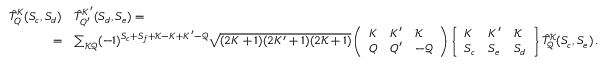
\begin{array} { r l } { \hat { T } _ { Q } ^ { K } ( S _ { c } , S _ { d } ) } & { \hat { T } _ { Q ^ { \prime } } ^ { K ^ { \prime } } ( S _ { d } , S _ { e } ) = } \\ { = } & { \sum _ { \mathcal { K } \mathcal { Q } } ( - 1 ) ^ { S _ { c } + S _ { f } + \mathcal { K } - K + K ^ { \prime } - \mathcal { Q } } \sqrt { ( 2 K + 1 ) ( 2 K ^ { \prime } + 1 ) ( 2 \mathcal { K } + 1 ) } \left( \begin{array} { l l l } { K } & { K ^ { \prime } } & { \mathcal { K } } \\ { Q } & { Q ^ { \prime } } & { - \mathcal Q } \end{array} \right) \left\{ \begin{array} { l l l } { K } & { K ^ { \prime } } & { \mathcal K } \\ { S _ { c } } & { S _ { e } } & { S _ { d } } \end{array} \right\} \hat { T } _ { \mathcal Q } ^ { \mathcal K } ( S _ { c } , S _ { e } ) \, . } \end{array}